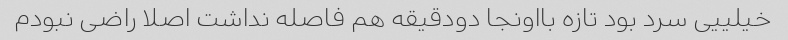
خیلییی سرد بود تازه بااونجا دودقیقه هم فاصله نداشت اصلا راضی نبودم